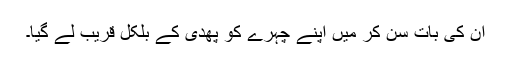
ان کی بات سن کر میں اپنے چہرے کو پھدی کے بلکل قریب لے گیا۔